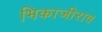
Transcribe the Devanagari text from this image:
भिकाजीराव